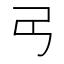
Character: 𢎠